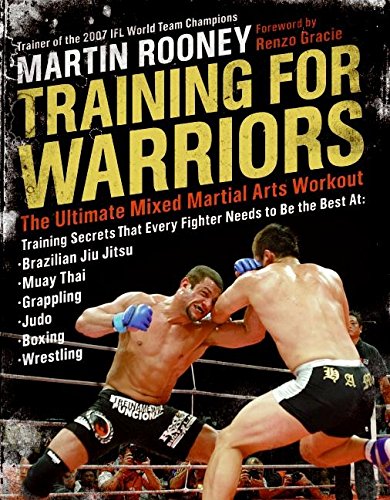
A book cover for Training for Warriors: The Ultimate Mixed Martial Arts Workout; Martin Rooney; Sports & Outdoors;